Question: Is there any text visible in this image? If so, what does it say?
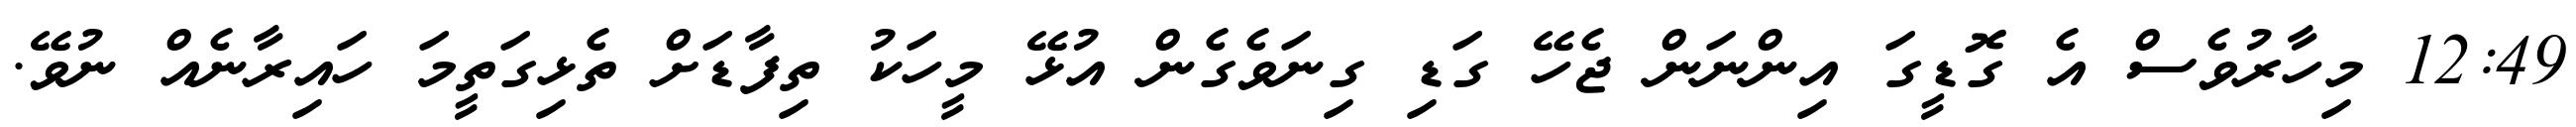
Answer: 12:49 މިހާރުވެސް އެ ގޮޑީގަ އިންނަން ޖެހޭ ގަޑި ގިނަވެގެން އުޅޭ މީހަކު ތިފާޑަށް ތެޅިގަތީމަ ހައިރާނެއް ނުވޭ.